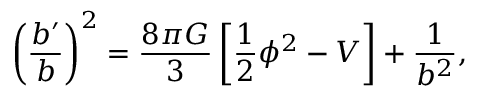
\left( { \frac { b ^ { \prime } } { b } } \right) ^ { 2 } = { \frac { 8 \pi G } { 3 } } \left[ { \frac { 1 } { 2 } } \phi ^ { 2 } - V \right] + { \frac { 1 } { b ^ { 2 } } } ,